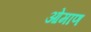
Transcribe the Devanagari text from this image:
ओमाण